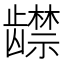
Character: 𬺔